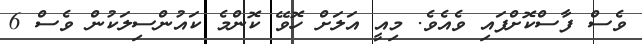
ވެސް ފާސްކޮށްފައި ވެއެވެ. މިއީ އަލަށް ހޮވޭ ކޮންމެ ކައުންސިލަކުން ވެސް 6